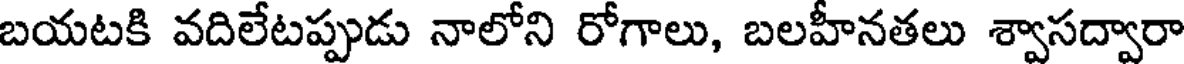
బయటకి వదిలేటప్పుడు నాలోని రోగాలు, బలహీనతలు శ్వాసద్వారా